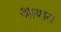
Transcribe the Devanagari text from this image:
आवाय